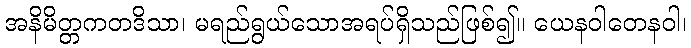
အနိမိတ္တကတဒိသာ၊ မရည်ရွယ်သောအရပ်ရှိသည်ဖြစ်၍။ ယေနဝါတေနဝါ၊